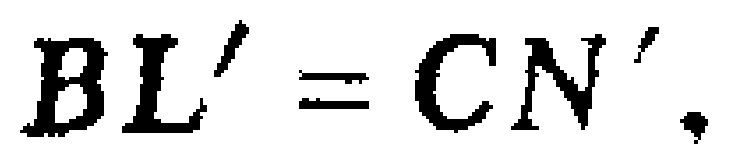
$BL' = CN'.$